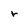
Character: r